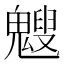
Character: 𩴍